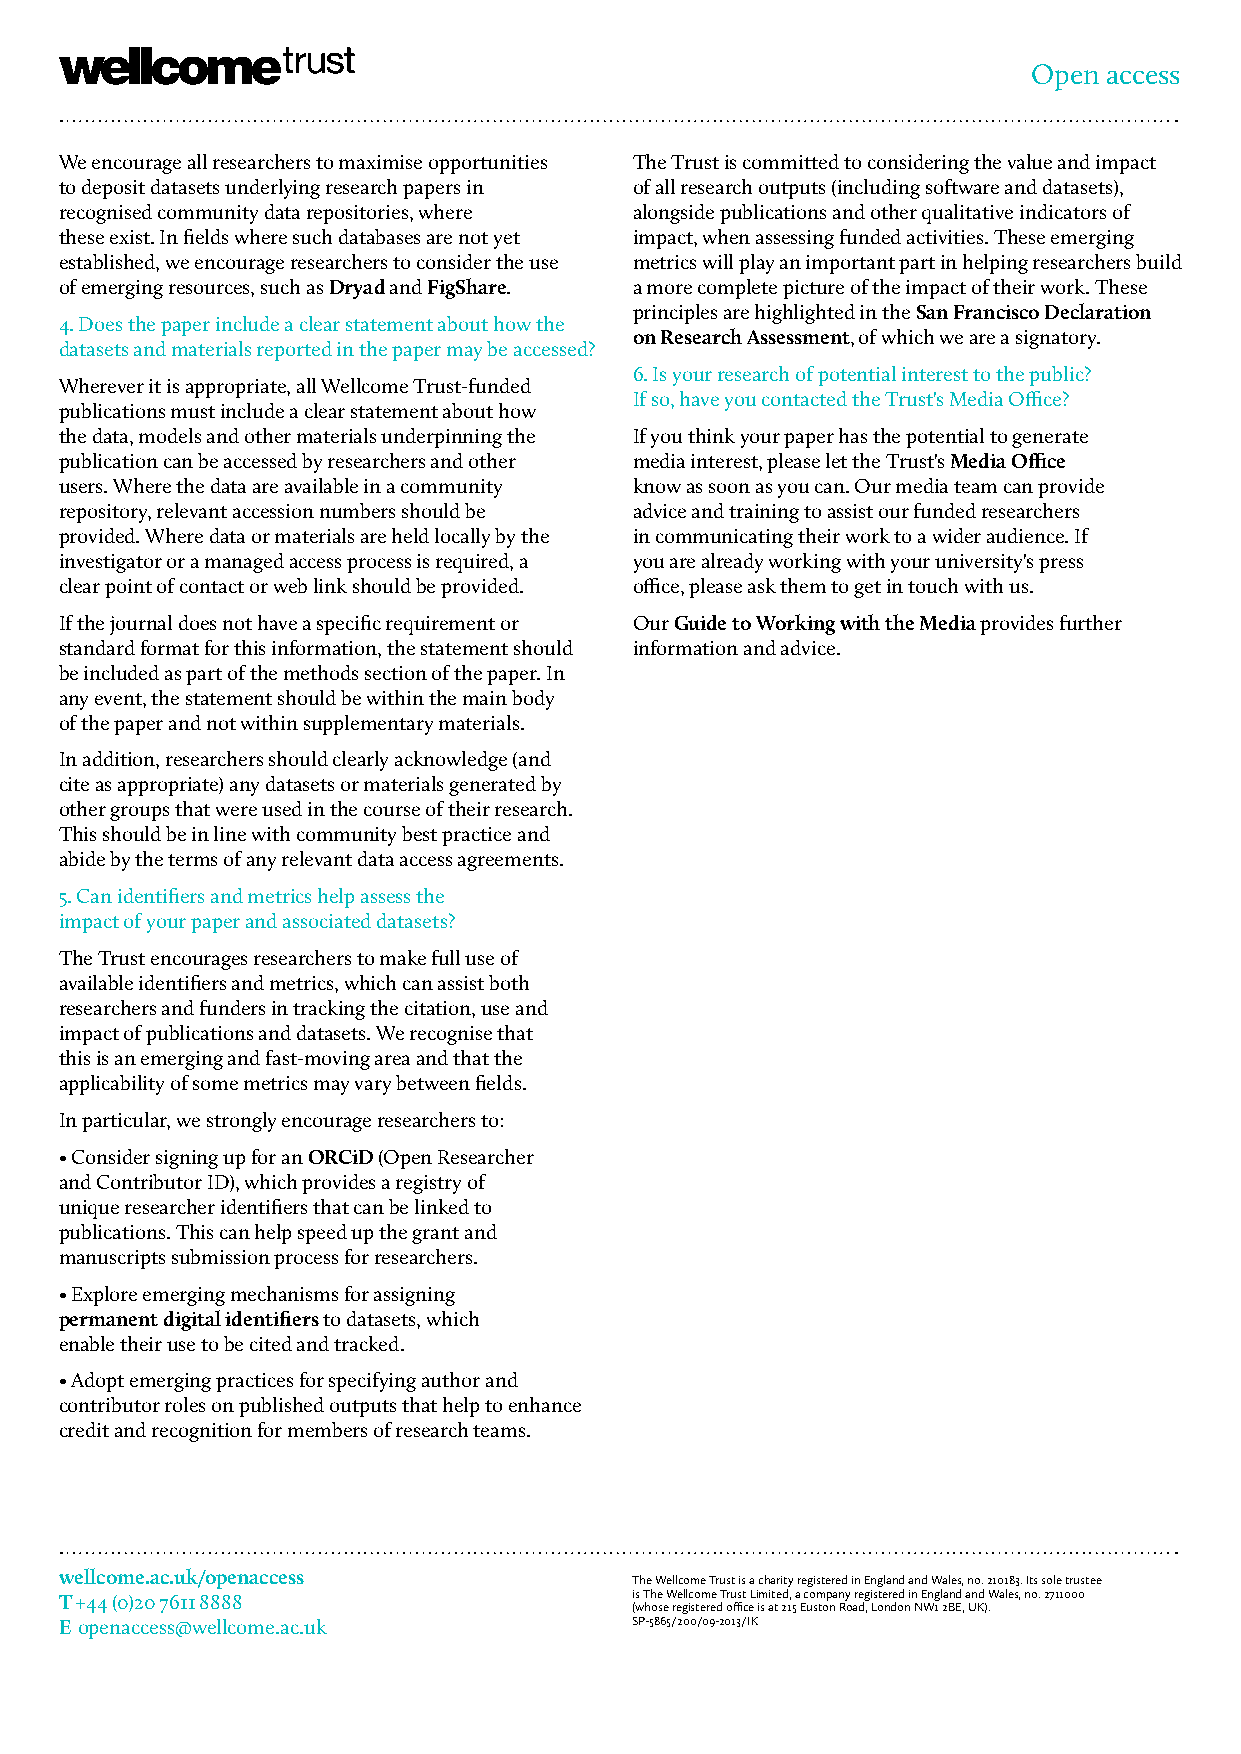
Open access
 We encourage all researchers to maximise opportunities The Trust is committed to considering the value and impact
 to deposit datasets underlying research papers in of all research outputs (including software and datasets),
 recognised community data repositories, where alongside publications and other qualitative indicators of
 these exist. In fields where such databases are not yet impact, when assessing funded activities. These emerging
 established, we encourage researchers to consider the use metrics will play an important part in helping researchers build
 of emerging resources, such as Dryad and FigShare. a more complete picture of the impact of their work. These
 principles are highlighted in the San Francisco Declaration
 4. Does the paper include a clear statement about how the
 on Research Assessment, of which we are a signatory.
 datasets and materials reported in the paper may be accessed?
 6. Is your research of potential interest to the public?
 Wherever it is appropriate, all Wellcome Trust-funded
 If so, have you contacted the Trust's Media Office?
 publications must include a clear statement about how
 the data, models and other materials underpinning the If you think your paper has the potential to generate
 publication can be accessed by researchers and other media interest, please let the Trust's Media Office
 users. Where the data are available in a community know as soon as you can. Our media team can provide
 repository, relevant accession numbers should be advice and training to assist our funded researchers
 provided. Where data or materials are held locally by the in communicating their work to a wider audience. If
 investigator or a managed access process is required, a you are already working with your university's press
 clear point of contact or web link should be provided. office, please ask them to get in touch with us.
 If the journal does not have a specific requirement or Our Guide to Working with the Media provides further
 standard format for this information, the statement should information and advice.
 be included as part of the methods section of the paper. In
 any event, the statement should be within the main body
 of the paper and not within supplementary materials.
 In addition, researchers should clearly acknowledge (and
 cite as appropriate) any datasets or materials generated by
 other groups that were used in the course of their research.
 This should be in line with community best practice and
 abide by the terms of any relevant data access agreements.
 5. Can identifiers and metrics help assess the
 impact of your paper and associated datasets?
 The Trust encourages researchers to make full use of
 available identifiers and metrics, which can assist both
 researchers and funders in tracking the citation, use and
 impact of publications and datasets. We recognise that
 this is an emerging and fast-moving area and that the
 applicability of some metrics may vary between fields.
 In particular, we strongly encourage researchers to:
 • Consider signing up for an ORCiD (Open Researcher
 and Contributor ID), which provides a registry of
 unique researcher identifiers that can be linked to
 publications. This can help speed up the grant and
 manuscripts submission process for researchers.
 • Explore emerging mechanisms for assigning
 permanent digital identifiers to datasets, which
 enable their use to be cited and tracked.
 • Adopt emerging practices for specifying author and
 contributor roles on published outputs that help to enhance
 credit and recognition for members of research teams.
 wellcome.ac.uk/openaccess             The Wellcome Trust is a charity registered in England and Wales, no. 210183. Its sole trustee
 T +44 (0)20 7611 8888                 is The Wellcome Trust Limited, a company registered in England and Wales, no. 2711000
 (whose registered office is at 215 Euston Road, London NW1 2BE, UK).
 E openaccess@wellcome.ac.uk           SP-5865/200/09-2013/IK